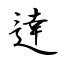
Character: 逹